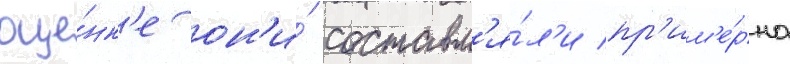
оце́нк'е он'и́ составл'я́л'и пр'им'е́рно